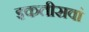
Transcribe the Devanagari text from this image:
इकतीसवां